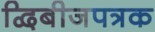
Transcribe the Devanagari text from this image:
द्विबीजपत्रक